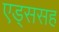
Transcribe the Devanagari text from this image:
एड्ससह